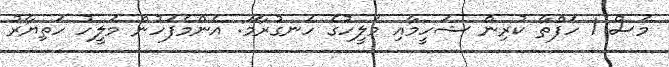
މަސް 1 ހަފްތާ ކުރިން ޝަހީމާއި މަލީހުގެ ހަނގުރާމަ: އެންމެފަހުން މަލީހު ހަތިޔާރު